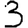
Digit: 3